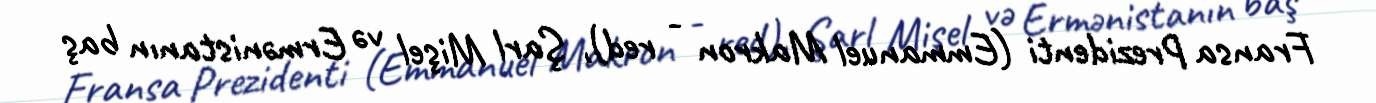
Fransa Prezidenti (Emmanuel Makron - red), Şarl Mişel və Ermənistanın baş